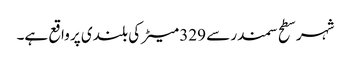
شہر سطح سمندر سے 329 میٹر کی بلندی پر واقع ہے۔